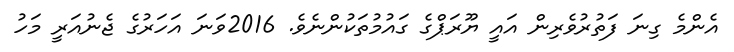
އެންމެ ގިނަ ފަތުރުވެރިން އައީ ޔޫރަޕްގެ ގައުމުތަކުންނެވެ. 2016ވަނަ އަހަަރުގެ ޖެނުއަރީ މަހު